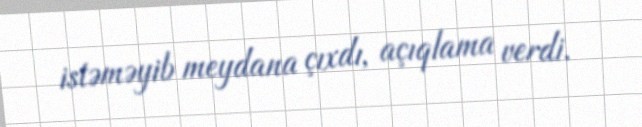
istəməyib meydana çıxdı, açıqlama verdi.